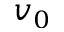
v _ { 0 }